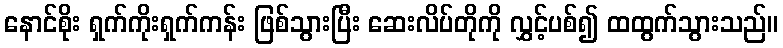
နောင်စိုး ရှက်ကိုးရှက်ကန်း ဖြစ်သွားပြီး ဆေးလိပ်တိုကို လွှင့်ပစ်၍ ထထွက်သွားသည်။